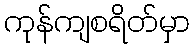
ကုန်ကျစရိတ်မှာ